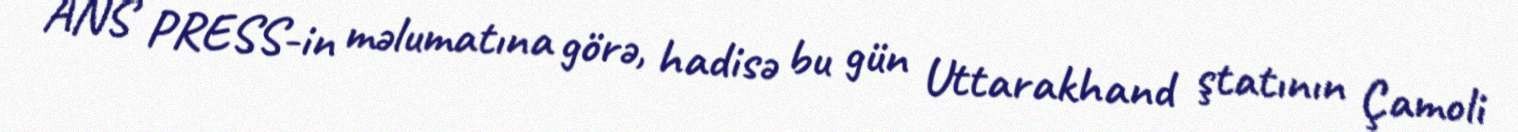
ANS PRESS-in məlumatına görə, hadisə bu gün Uttarakhand ştatının Çamoli